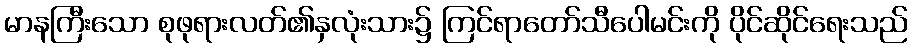
မာနကြီးသော စုဖုရားလတ်၏နှလုံးသား၌ ကြင်ရာတော်သီပေါမင်းကို ပိုင်ဆိုင်ရေးသည်